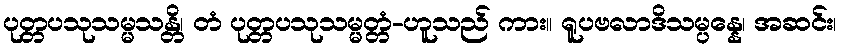
ပုတ္တပသုသမ္မသန္တိ၊ တံ ပုတ္တပသုသမ္မတ္တံ-ဟူသည် ကား။ ရူပဗလာဒိသမ္ပန္နေ၊ အဆင်း၊